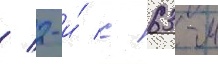
/ 2-и́ с 63-м